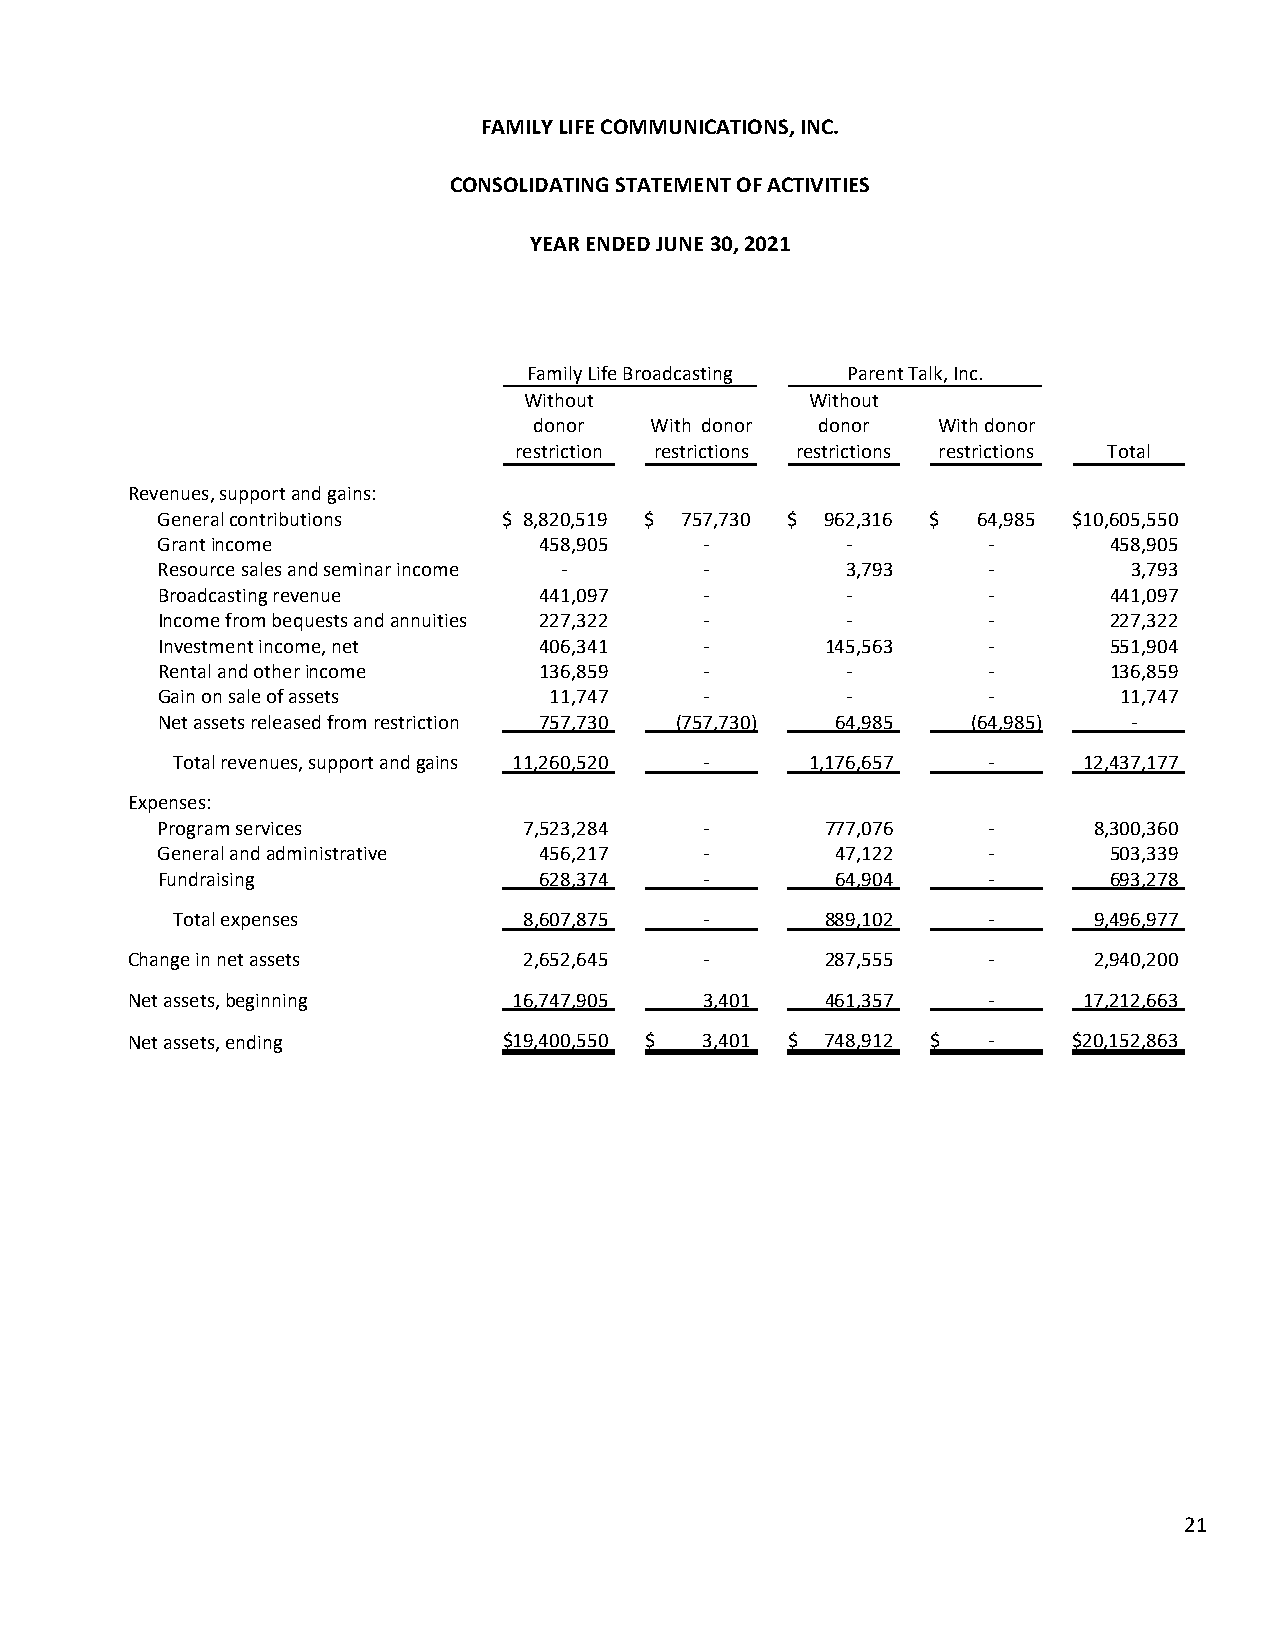
FAMILY LIFE COMMUNICATIONS, INC.
 CONSOLIDATING STATEMENT OF ACTIVITIES
 YEAR ENDED JUNE 30, 2021
 Family Life Broadcasting Parent Talk, Inc.
 Without            Without
 donor   With donor donor   With donor
 restriction restrictions restrictions restrictions Total
 Revenues, support and gains:
 General contributions  $ 8,820,519 $ 757,730 $ 962,316 $ 64,985 $10,605,550
 Grant income              458,905    ‐        ‐        ‐       458,905
 Resource sales and seminar income ‐  ‐        3,793    ‐         3,793
 Broadcasting revenue      441,097    ‐        ‐        ‐       441,097
 Income from bequests and annuities 227,322 ‐  ‐        ‐       227,322
 Investment income, net    406,341    ‐       145,563   ‐       551,904
 Rental and other income   136,859    ‐        ‐        ‐       136,859
 Gain on sale of assets    11,747     ‐        ‐        ‐        11,747
 Net assets released from restriction 757,730 (757,730) 64,985 (64,985) ‐
 Total revenues, support and gains 11,260,520 ‐ 1,176,657 ‐   12,437,177
 Expenses:
 Program services         7,523,284   ‐       777,076   ‐      8,300,360
 General and administrative 456,217   ‐       47,122    ‐       503,339
 Fundraising               628,374    ‐       64,904    ‐       693,278
 Total expenses          8,607,875   ‐       889,102   ‐      9,496,977
 Change in net assets       2,652,645   ‐       287,555   ‐      2,940,200
 Net assets, beginning     16,747,905   3,401   461,357   ‐      17,212,663
 Net assets, ending       $19,400,550 $ 3,401 $ 748,912 $ ‐     $20,152,863
 21